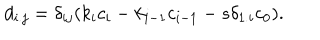
LaTeX: d _ { i . j } = \delta _ { i j } ( k _ { i } c _ { i } - k _ { i - 1 } c _ { i - 1 } - s \delta _ { 1 . i } c _ { 0 } ) .